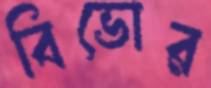
বিভোর